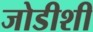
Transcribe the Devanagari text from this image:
जोडीशी